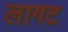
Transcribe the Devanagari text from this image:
लागट